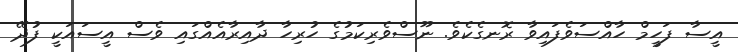
އީސާ ފަހީމް ހާއްސަވެފައިވާ ރޮނގެކެވެ. ނޫސްވެރިކަމުގެ ހުރިހާ ދާއިރާއެއްގައި ވެސް އީސައަކީ ފުދޭ